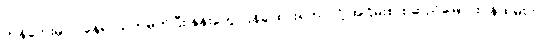
ကန်ဘေးမှာပဲ နေရာသတ်မှတ်ပြီး နုန်းတွေ ပြန်ချထားရတာလို့ အငြိမ်းစား ဆည်မြောင်းဝန်ထမ်းက